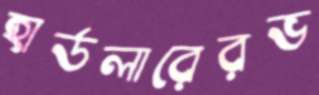
হার্ডলারেরভ